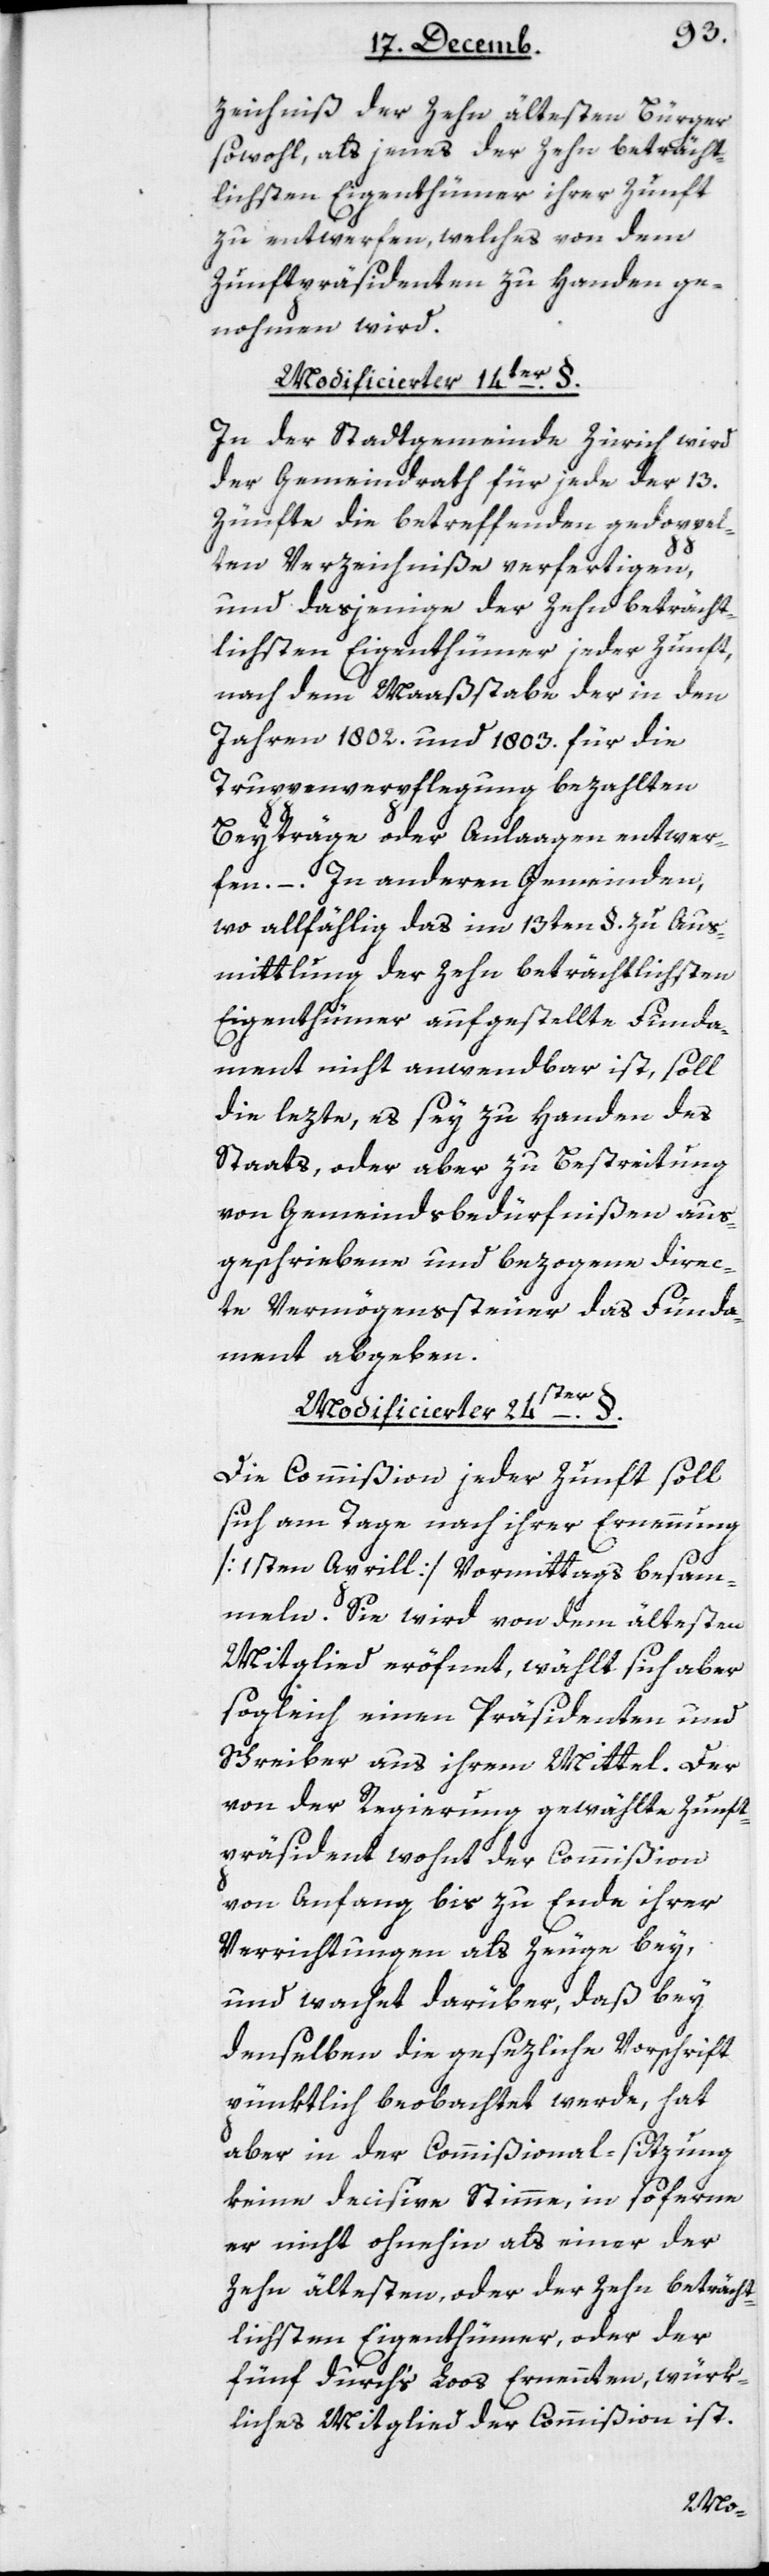
zeichniß der zehn ältesten Bürger
sowohl, als jenes der zehn beträcht¬
lichsten Eigenthümer ihrer Zunft
zu entwerfen, welches von dem
Zunftpräsidenten zu Handen ge¬
nommen wird.
Modificierter 14ter §.
In der Stadtgemeinde Zürich wird
der Gemeindrath für jede der 13
Zünfte die betreffenden gedoppel¬
ten Verzeichniße verfertigen,
und dasjenige der Zehn beträcht¬
lichsten Eigenthümer jeder Zunft,
nach dem Maaßstabe der in den
Jahren 1802 und 1803 für die
Truppenverpflegung bezalten
Beyträge oder Anlagen entwer¬
fen. – In anderen Gemeinden,
wo allfällig das im 13ten § zu Aus¬
mittlung der zehn beträchtlichsten
Eigenthümer aufgestellte Funda¬
ment nicht anwendbar ist, soll
die lezte, es sey zu Handen des
Staats oder aber zu Bestreitung
von Gemeindsbedürfnißen aus¬
geschriebene und bezogene direc¬
te Vermögenssteuer das Funda¬
ment abgeben.
Modificierter 24ter §.
Die Commißion jeder Zunft soll
sich am Tage nach ihrer Ernennung
(1sten Aprill) vormittags besam¬
meln. Sie wird von dem ältesten
Mitglied eröfnet, wählt sich aber
sogleich einen Präsidenten und
Schreiber aus ihrem Mittel. Der
von der Regierung gewählte Zunft¬
präsident wohnt der Commißion
von Anfang bis zu Ende ihrer
Verrichtungen als Zeuge bey,
und wachet darüber, daß bey
denselben die gesezliche Vorschrift
pünktlich beobachtet werde, hat
aber in der Commißional-Sitzung
keine decisive Stimme, in soferne
er nicht ohnehin als einer der
zehn Ältesten, oder der zehn beträcht¬
lichsten Eigenthümer, oder der
fünf durchs Loos ernennten, würk¬
liches Mitglied der Commißion ist.